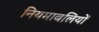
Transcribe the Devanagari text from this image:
नियमावलियों